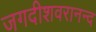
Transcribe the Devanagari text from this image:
जगदीशवरानन्द